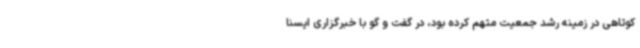
کوتاهی در زمینه رشد جمعیت متهم کرده بود، در گفت و گو با خبرگزاری ایسنا